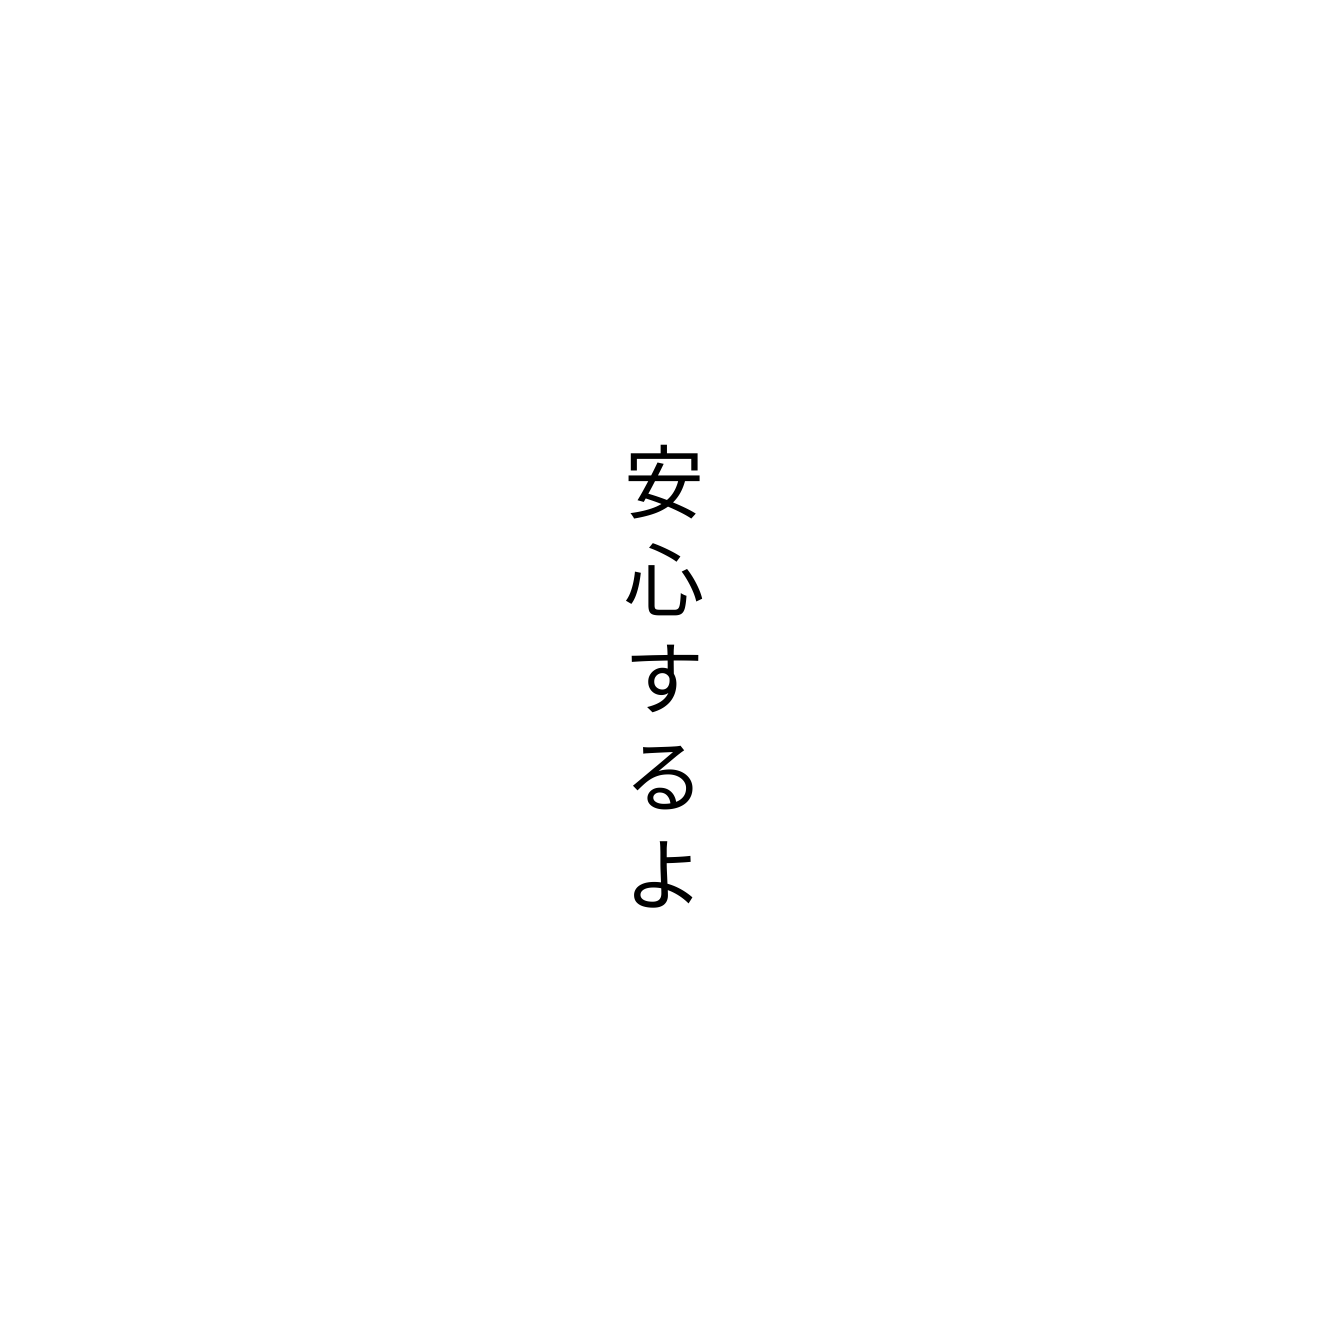
安心するよ